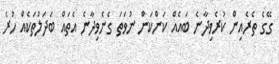
ގޭގެ ތެރެއިން ކުރެވިދާނެ ބައެއް ކަންކަން ނުވަތަ ގެނެވިދާނެ އެތައް ބަދަލުތަކެއް ހުރެ